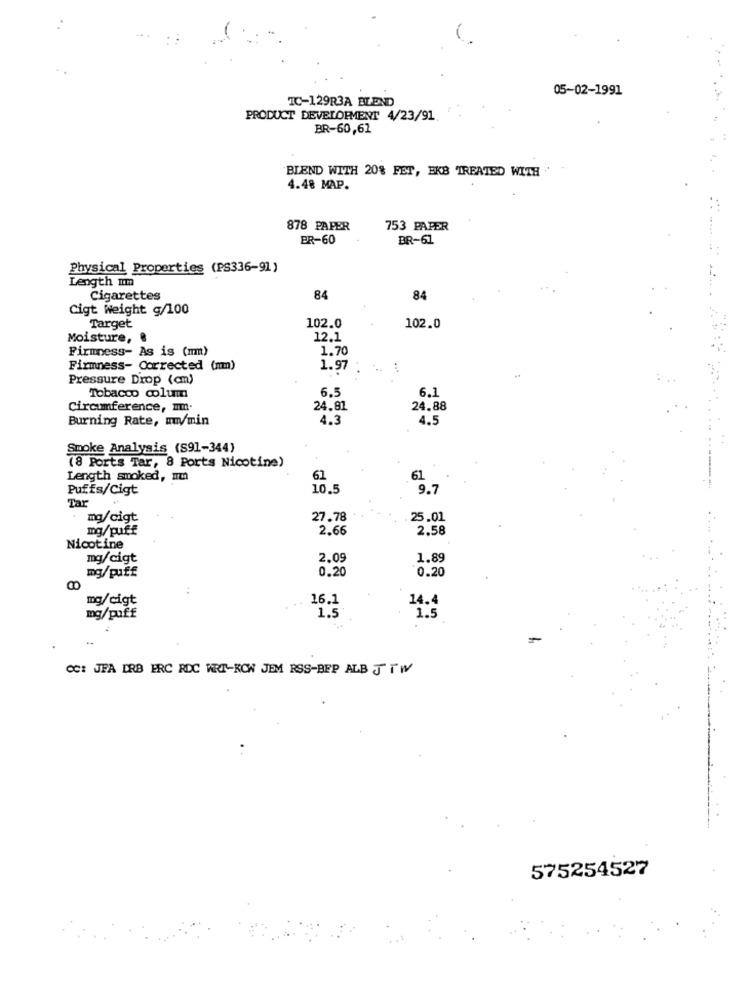
05-02-1991
IC-129R3A BLEND
PRODUCT DEVELOPMENT 4/23/91.
BR-60,62
BIEND WITH 20% FET, EKB TREATED WITH
4.48 MAP.
878 PAPER
753 PAPER
ER-60
BR-61
Physical Properties (PS336-91)
Length mm
Cigarettes
84
84
Cigt Weight g/100
Target
102.0
102.0
Moisture, .
12.1
Firmness- As is (mm)
1.70
Firmness- Corrected (mm)
1.97
Pressure Drop (cm)
Tobacco column
6.5
6.1
Circumference, Im.
24.81
24.88
Burning Rate, my/min
4.3
4.5
Smoke Analysis (S91-344)
(8 Ports Tar, 8 Ports Nicotine)
Length smoked, mn
61
61
Puffs/Cigt
10.5
9.7
Tar
mg/cigt
27.78
25.01
mg/puff
2.66
2.58
Nicotine
mg/cigt
2.09
1.89
mg/puff
0.20
0.20
mg/cigt
16.1
14.4
1.5'
mg/puff
1.5
CC: JEA ERB ERC RDC WRT-KCW JEM RSS-BEP ALB JTW
575254527